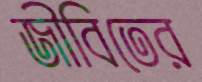
জীবিতের